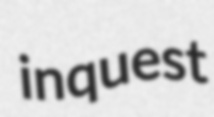
inquest